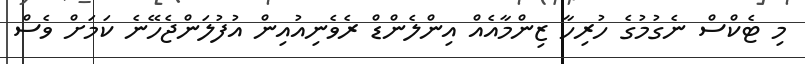
މި ޓެކްސް ނެގުމުގެ ހުރިހާ ޒިންމާއެއް އިންލެންޑް ރެވެނިއުއިން އުފުލަންޖެހޭނެ ކަމަށް ވެސް